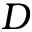
D